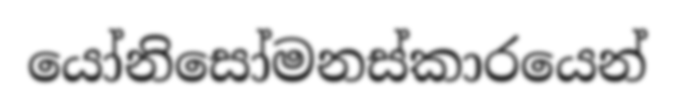
යෝනිසෝමනස්කාරයෙන්